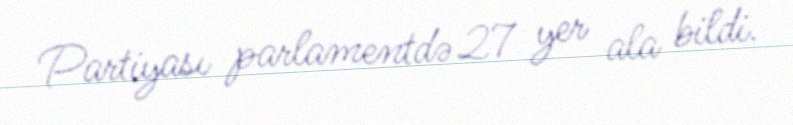
Partiyası parlamentdə 27 yer ala bildi.